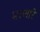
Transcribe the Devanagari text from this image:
मरणारे